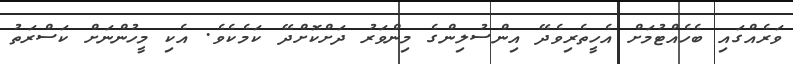
ވަރެއްގައި ބެހެއްޓުމަށް އެހީތެރިވެދޭ އިންސުލިންގެ މިންވަރު ދަށްކޮށްދޭ ކަމެކެވެ. އެކި މީހުންނަށް ކަސްރަތު